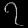
Digit: ၇